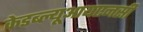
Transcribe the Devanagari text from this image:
केडब्ल्यूआयएनसी